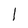
Character: 1